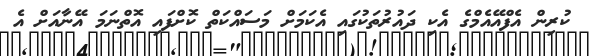
ކުރިން އެފްއޭއެމްގެ އެކި ދައުރުތަކުގައި އެކަމަށް މަސައްކަތް ކޮށްފައި އޮތްނަމަ އޭނާއަށް އެ